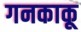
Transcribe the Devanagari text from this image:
गनकाकू